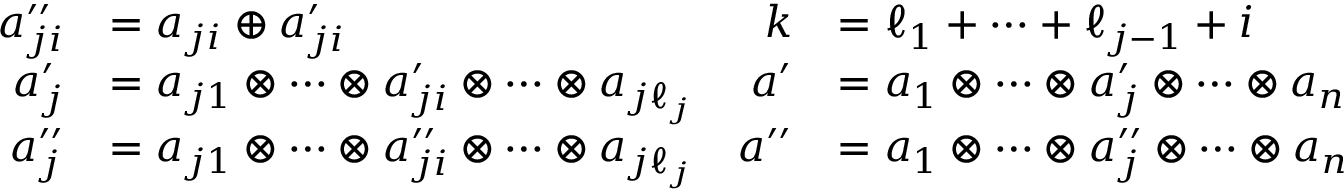
\begin{array} { r l r l } { a _ { j i } ^ { \prime \prime } } & { = a _ { j i } \oplus a _ { j i } ^ { \prime } } & { k } & { = \ell _ { 1 } + \cdots + \ell _ { j - 1 } + i } \\ { a _ { j } ^ { \prime } } & { = a _ { j 1 } \otimes \cdots \otimes a _ { j i } ^ { \prime } \otimes \cdots \otimes a _ { j \ell _ { j } } } & { a ^ { \prime } } & { = a _ { 1 } \otimes \cdots \otimes a _ { j } ^ { \prime } \otimes \cdots \otimes a _ { n } } \\ { a _ { j } ^ { \prime \prime } } & { = a _ { j 1 } \otimes \cdots \otimes a _ { j i } ^ { \prime \prime } \otimes \cdots \otimes a _ { j \ell _ { j } } } & { a ^ { \prime \prime } } & { = a _ { 1 } \otimes \cdots \otimes a _ { j } ^ { \prime \prime } \otimes \cdots \otimes a _ { n } } \end{array}